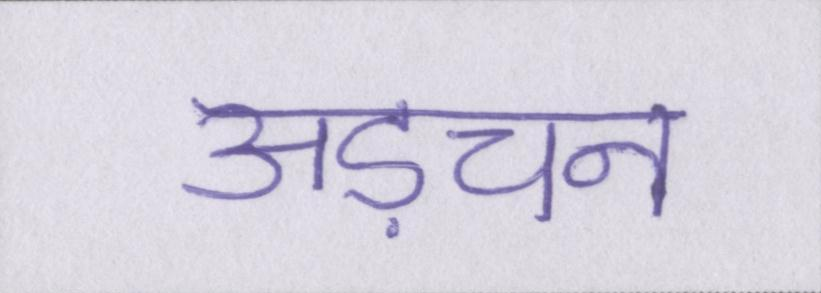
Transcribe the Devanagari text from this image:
अड़चन